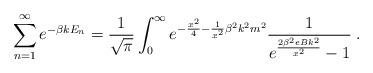
LaTeX: \begin{align*}\sum_{n=1}^{\infty} e^{- \beta k E_n} = \frac {1} {\sqrt{\pi}} \int_0^{\infty} e^{- \frac {x^2} {4} - \frac {1} {x^2} {\beta}^2 k^2 m^2} \frac {1} {e^{\frac {2 {\beta}^2 e B k^2} {x^2}} -1} \; .\end{align*}